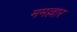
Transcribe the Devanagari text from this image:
ममल्लार